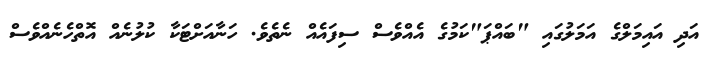
އަދި އައިމަލްގެ އަމަލުގައި "ބައްޕަ"ކަމުގެ އެއްވެސް ސިފައެއް ނެތެވެ. ހަނާއަށްޓަކާ ކުލުނެއް އޮތްހެނެއްވެސް